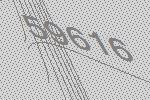
59616